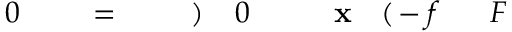
F \! \! \! \! \! \! \! \! \! \! \! \! ^ { \! } \! \! \! \! \! \! \! \! \! \! \! - f \! \! \! \! \! \! \! \! \! \! \! \! ( \! \! \! \! \! \! \! \! \! \! \! \! \mathbf { x } \! \! \! \! \! \! \! \! \! \! \! \! _ { \! } \! \! \! \! \! \! \! \! \! \! \! 0 \! \! \! \! \! \! \! \! \! \! \! \! ) \! \! \! \! \! \! \! \! \! \! \! \! \! \! \! \! \! \! \! \! \! \! \! \! = \! \! \! \! \! \! \! \! \! \! \! \! \! \! \! \! \! \! \! \! \! \! \! \! 0 \! \! \! \! \! \! \! \! \! \! \!